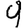
Digit: 9